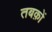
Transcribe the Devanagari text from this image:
तबक़ों